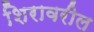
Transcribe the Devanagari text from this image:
शिरावरील